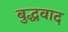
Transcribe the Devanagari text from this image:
बुद्धवाद